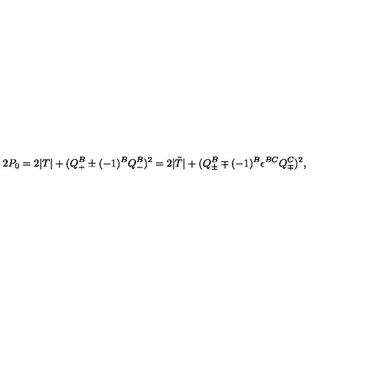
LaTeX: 2 P _ { 0 } = 2 | T | + ( Q _ { + } ^ { B } \pm ( - 1 ) ^ { B } Q _ { - } ^ { B } ) ^ { 2 } = 2 | { \tilde { T } } | + ( Q _ { \pm } ^ { B } \mp ( - 1 ) ^ { B } \epsilon ^ { B C } Q _ { \mp } ^ { C } ) ^ { 2 } ,